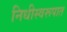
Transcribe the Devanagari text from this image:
निधीस्वरूपात